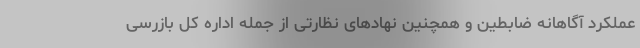
عملکرد آگاهانه ضابطین و همچنین نهادهای نظارتی از جمله اداره کل بازرسی